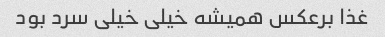
غذا برعکس همیشه خیلی خیلی سرد بود